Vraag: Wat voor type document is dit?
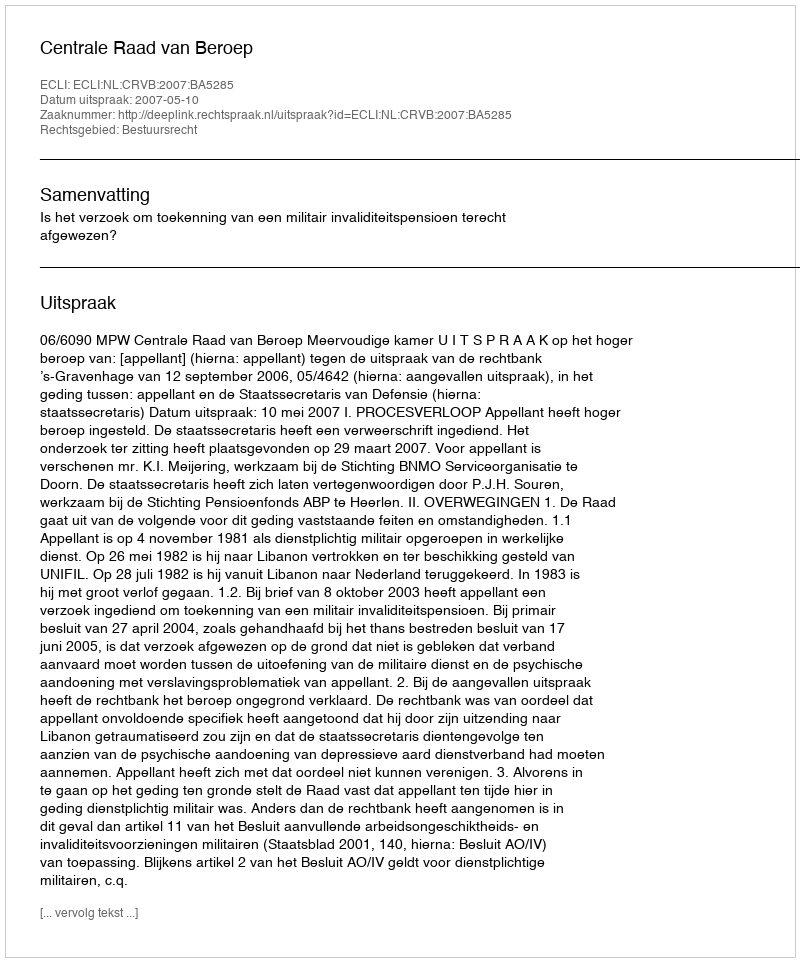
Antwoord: Uitspraak